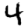
Digit: 4